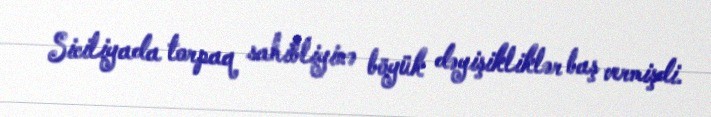
Siciliyada torpaq sahibliyinə böyük dəyişikliklər baş vermişdi.